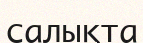
салықта